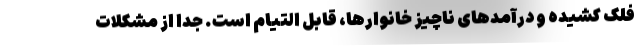
فلک کشیده و درآمدهای ناچیز خانوارها، قابل التیام است. جدا از مشکلات